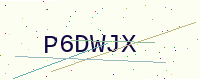
Text: P6DWJX